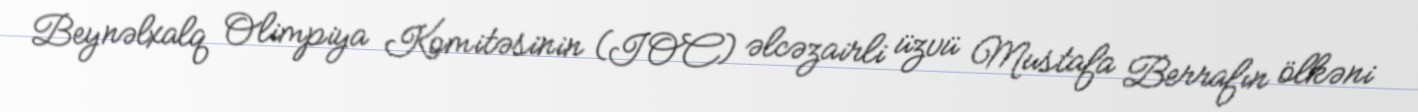
Beynəlxalq Olimpiya Komitəsinin (IOC) əlcəzairli üzvü Mustafa Berrafın ölkəni